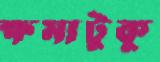
ক্ষমাটুকু